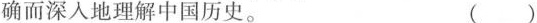
确而深入地理解中国历史。 ( )